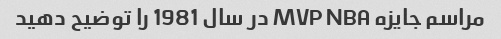
مراسم جایزه MVP NBA در سال 1981 را توضیح دهید